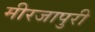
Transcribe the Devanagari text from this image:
मीरजापुरी